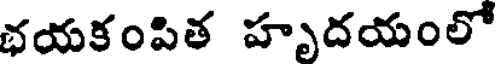
భయకంపిత హృదయంలో